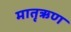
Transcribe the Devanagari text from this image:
मातृऋण